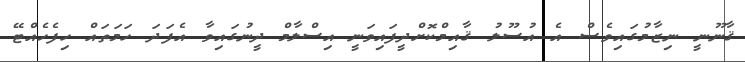
ޤާނޫނީ ނިޒާމުގައިވެސް އެ އުސޫލު ޤާއިމްކޮށްދީފައިވަނީ އިސްލާމް ދީނުގައިވާ އެފަދަ ހަމަތައް ހިފެހެއްޓޭ